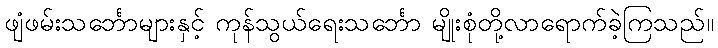
ဖျံဖမ်းသင်္ဘောများနှင့် ကုန်သွယ်ရေးသင်္ဘော မျိုးစုံတို့လာရောက်ခဲ့ကြသည်။